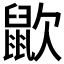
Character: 𪕆